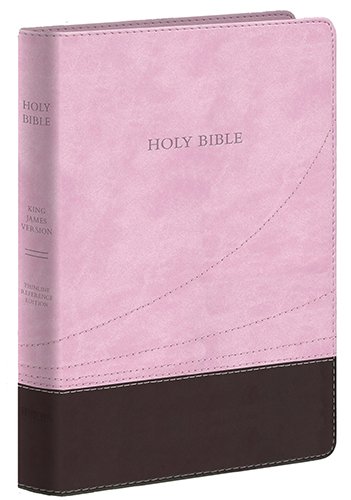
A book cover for Large Print Thinline Reference Bible-KJV; Christian Books & Bibles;